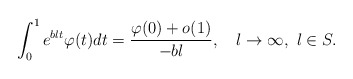
\begin{align*} \int_0^1 e^{b\l t} \varphi(t) dt = \frac{\varphi(0)+o(1)}{-b\l}, \quad\l \to \infty,\ \l \in S.\end{align*}